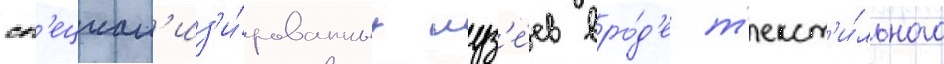
сп'ециал'из'и́рованных муз'е́ев вро́д'е т'екст'и́льного